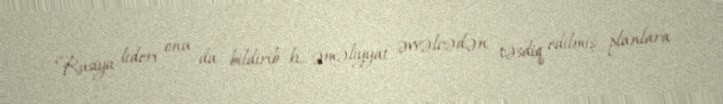
Rusiya lideri onu da bildirib ki, əməliyyat əvvəlcədən təsdiq edilmiş planlara